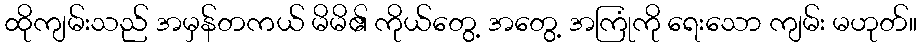
ထိုကျမ်းသည် အမှန်တကယ် မိမိ၏ ကိုယ်တွေ့ အတွေ့ အကြုံကို ရေးသော ကျမ်း မဟုတ်။